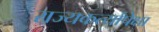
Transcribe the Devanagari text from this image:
राज्यकर्त्यांपेक्षा